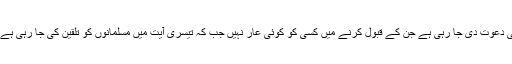
پہلی دوسری آیت میں دنیا کے تمام انسانوں کو ان مشترک باتوں اور ان مسلّمات کی دعوت دی جا رہی ہے جن کے قبول کرنے میں کسی کو کوئی عار نہیں جب کہ تیسری آیت میں مسلمانوں کو تلقین کی جا رہی ہے کہ وہ اپنی بات دوسروں کے سامنے نہایت حکمت اور موعظت کے ساتھ رکھیں۔